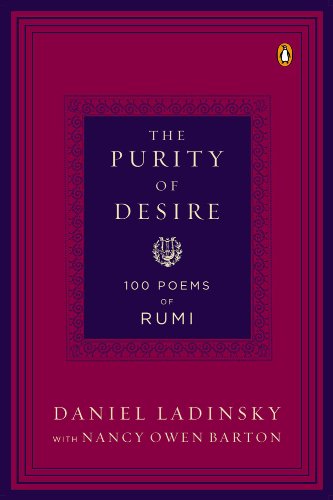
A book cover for The Purity of Desire: 100 Poems of Rumi; Daniel Ladinsky; Literature & Fiction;